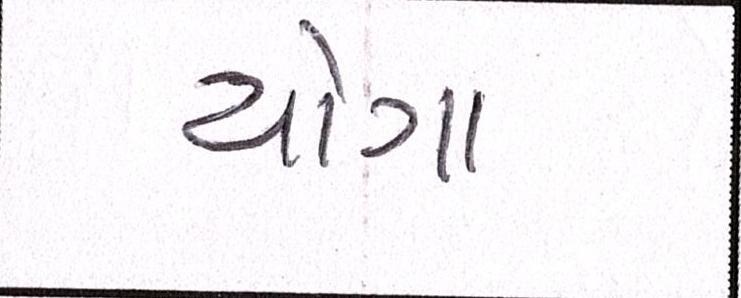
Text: યોગા